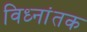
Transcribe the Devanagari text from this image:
विध्नांतक